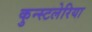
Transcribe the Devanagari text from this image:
कुन्स्टलेरिया